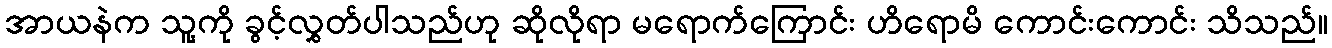
အာယနဲက သူ့ကို ခွင့်လွှတ်ပါသည်ဟု ဆိုလိုရာ မရောက်ကြောင်း ဟိရောမိ ကောင်းကောင်း သိသည်။